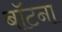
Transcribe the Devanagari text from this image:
बॉटना